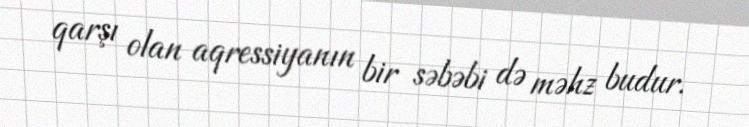
qarşı olan aqressiyanın bir səbəbi də məhz budur.